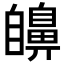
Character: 𦤫